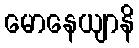
မောနေယျာနိ